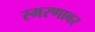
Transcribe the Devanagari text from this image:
स्मरणावर